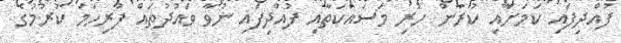
ފުއްދިފައި ކަމަށާއި ކުރާން ހުރި މަސައްކަތާއި ފުއްދިފައި ނުވާ ވައުދުތައް ފުރިހަމަ ކުރުމުގެ